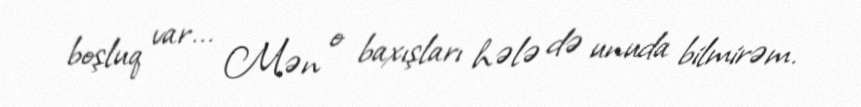
boşluq var... Mən o baxışları hələ də unuda bilmirəm.